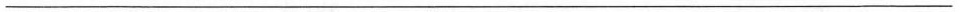
___